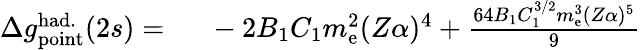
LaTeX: \begin{array}{rl}{\Delta{g}_{\mathrm{point}}^{\mathrm{had.}}(2s)=\ }&{{}-2B_{1}C_{1}m_{\mathrm{e}}^{2}(Z\alpha)^{4}+\frac{64B_{1}C_{1}^{3/2}m_{\mathrm{e}}^{3}(Z\alpha)^{5}}{9}}\end{array}